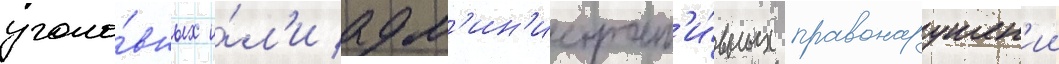
уголо́вных и́л'и адм'ин'истрат'и́вных правонарушен'ии